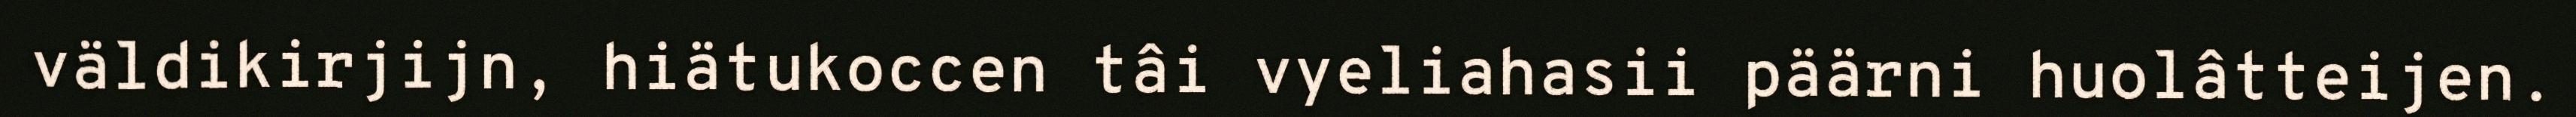
väldikirjijn, hiätukoccen tâi vyeliahasii päärni huolâtteijen.